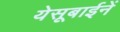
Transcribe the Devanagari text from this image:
येसूबाईनें